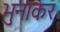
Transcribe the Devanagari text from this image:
भुनाकर